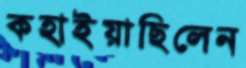
কহাইয়াছিলেন